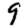
Digit: 9